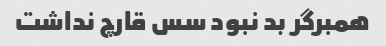
همبرگر بد نبود سس قارچ نداشت